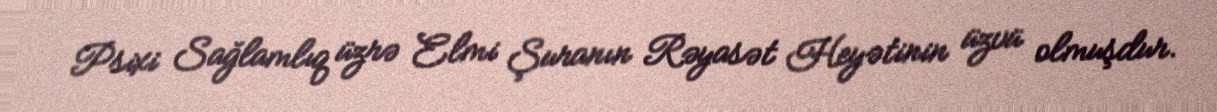
Psixi Sağlamlıq üzrə Elmi Şuranın Rəyasət Heyətinin üzvü olmuşdur.